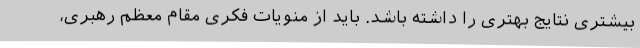
بیشتری نتایج بهتری را داشته باشد. باید از منویات فکری مقام معظم رهبری،